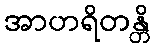
အာဟရိတန္တိ